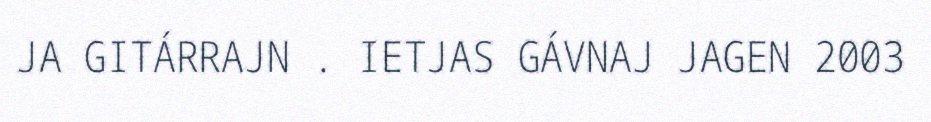
JA GITÁRRAJN . IETJAS GÁVNAJ JAGEN 2003